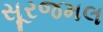
સૂરજમલ